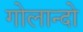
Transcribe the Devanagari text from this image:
गोलान्दो